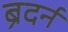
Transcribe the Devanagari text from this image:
ब्रैदर्न